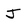
Character: J